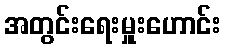
အတွင်းရေးမှူးဟောင်း